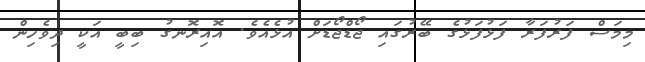
މިމަސް ފަރުފަރާ ފަޅުފަޅުގެ ބޭރުގައި ޖޯޑްޖޯޑަށް އުޅެއެވެ. އޮއިރޮނގު ބިބީ އަކީ ދިވެހިން